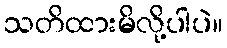
သတိထားမိလို့ပါပဲ။